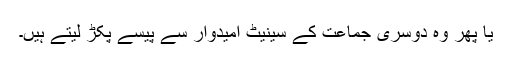
یا پھر وہ دوسری جماعت کے سینیٹ امیدوار سے پیسے پکڑ لیتے ہیں۔